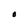
Character: O